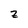
Character: z